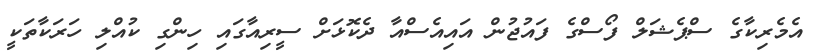
އެމެރިކާގެ ސްޕެޝަލް ފޯސްގެ ފައުޖުން އައިއެސްއާ ދެކޮޅަށް ސީރިއާގައި ހިންގި ކުއްލި ހަރަކާތަކީ